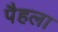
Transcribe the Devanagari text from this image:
पैहला